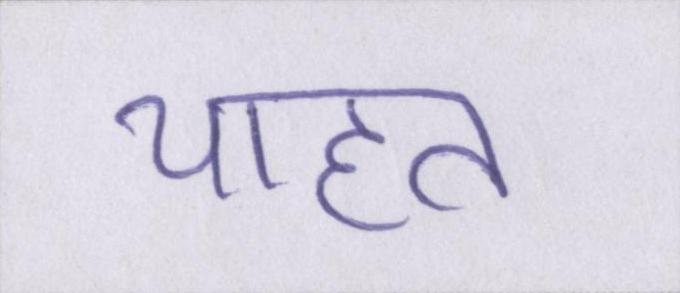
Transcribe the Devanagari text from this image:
चाहत